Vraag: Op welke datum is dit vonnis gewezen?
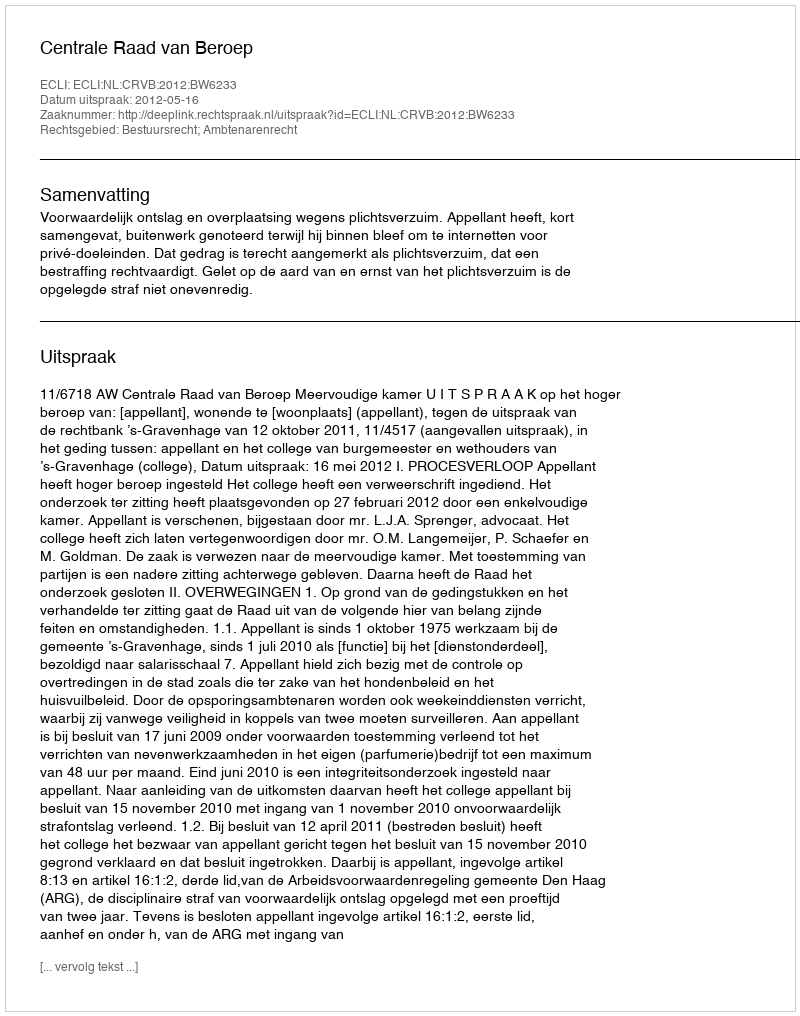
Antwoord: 2012-05-16